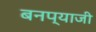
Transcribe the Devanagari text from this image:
बनप्याजी